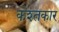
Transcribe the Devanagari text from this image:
कश्तकार